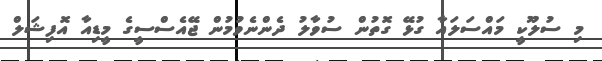
މި ސުލޫކީ މައްސަލައާ ގުޅޭ ގޮތުން ސުވާލު ދެންނެވުމުން ޖޭއެސްސީގެ މީޑިއާ އޮފިޝަލް